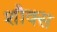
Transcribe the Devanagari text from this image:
शौक्स